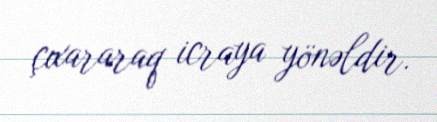
çıxararaq icraya yönəldir.